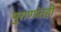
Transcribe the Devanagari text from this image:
पुराणांतही